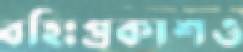
বহিঃপ্রকাশও